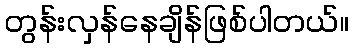
တွန်းလှန်နေချိန်ဖြစ်ပါတယ်။